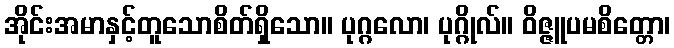
အိုင်းအမာနှင့်တူသောစိတ်ရှိသော။ ပုဂ္ဂလော၊ ပုဂ္ဂိုလ်။ ဝိဇ္ဇူပမစိတ္တော၊